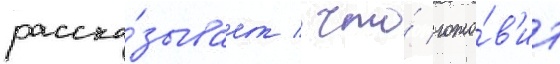
расска́зывает / что́ гото́в'ит